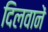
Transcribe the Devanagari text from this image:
दिलवानें